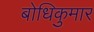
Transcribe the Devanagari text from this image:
बोधिकुमार